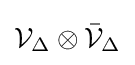
{\mathcal {V}}_{\Delta }\otimes {\bar {\mathcal {V}}}_{\Delta }